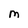
Character: M